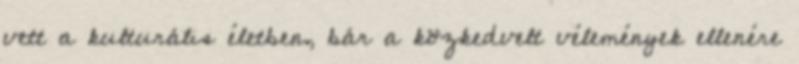
vett a kulturális életben, bár a közkedvelt vélemények ellenére